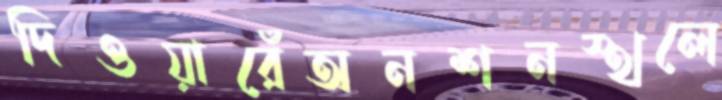
দিওয়ারেঁঅনশনস্থলে